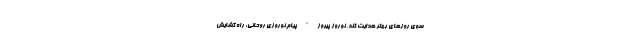
سوی روزهای بهتر هدایت کند. نوروز پیروز" پیام نوروزی روحانی: راه گشایش